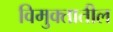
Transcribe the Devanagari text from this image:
विमुक्तातील